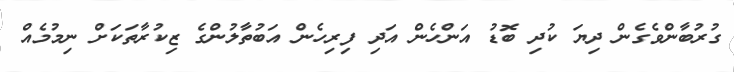
ގުރުބާންވެގެން ދިޔަ ކުދި ބޮޑު އަންހެން އަދި ފިރިހެން އަބުތާލުންގެ ޒިކުރާތަކަށް ނިމުމެއް